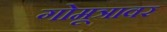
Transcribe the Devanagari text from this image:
गोमूत्रावर